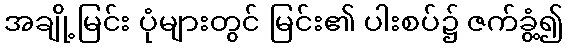
အချို့မြင်း ပုံများတွင် မြင်း၏ ပါးစပ်၌ ဇက်ခွံ့၍